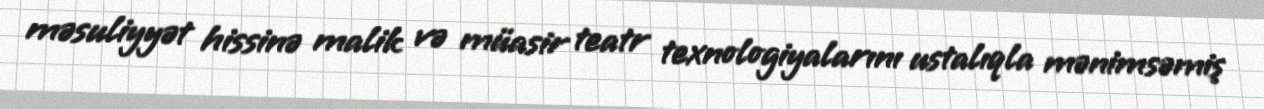
məsuliyyət hissinə malik və müasir teatr texnologiyalarını ustalıqla mənimsəmiş